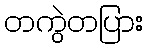
တကွဲတပြား